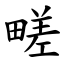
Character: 㽨